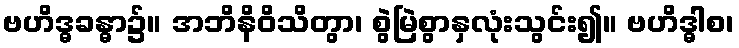
ဗဟိဒ္ဓခန္ဓာ၌။ အဘိနိဝိသိတွာ၊ စွဲမြဲစွာနှလုံးသွင်း၍။ ဗဟိဒ္ဓါစ၊